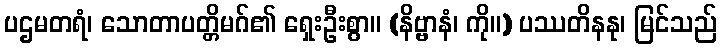
ပဌမတရံ၊ သောတာပတ္တိမဂ်၏ ရှေးဦးစွာ။ (နိဗ္ဗာနံ၊ ကို။) ပဿတိနနု၊ မြင်သည်